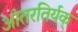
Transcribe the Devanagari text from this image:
आंतरतिर्यक्‌